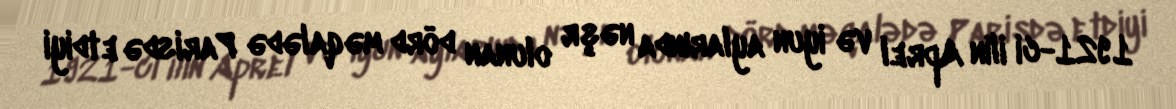
1921-ci ilin Aprel və iyun aylarında nəşr olunan dörd məqalədə Parisdə etdiyi